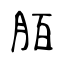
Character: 脜